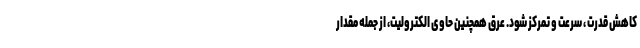
کاهش قدرت ، سرعت و تمرکز شود. عرق همچنین حاوی الکترولیت، از جمله مقدار